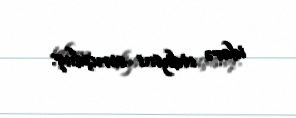
idarə etdiyini soruşduq.